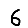
Digit: 6